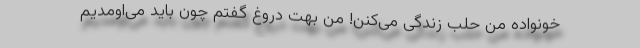
خونواده من حلب زندگی می‌کنن! من بهت دروغ گفتم چون باید می‌اومدیم